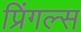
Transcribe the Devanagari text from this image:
प्रिंगल्स